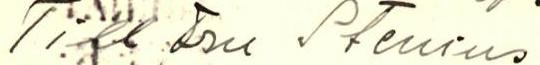
Till Fru Stenius